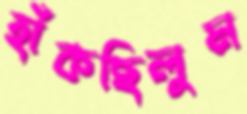
হাঁকছিলুম